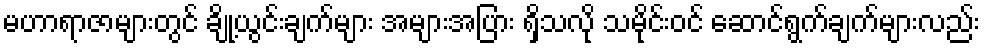
မဟာရာဇာများတွင် ချို့ယွင်းချက်များ အများအပြား ရှိသလို သမိုင်းဝင် ဆောင်ရွက်ချက်များလည်း